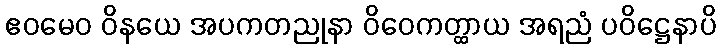
ဧဝမေဝ ဝိနယေ အပကတညုနာ ဝိဝေကတ္ထာယ အရညံ ပဝိဋ္ဌေနာပိ